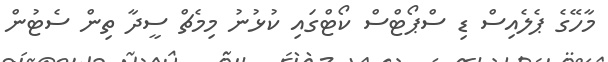
މާހޭގެ ޕެލެއިސް ޑި ސްޕޯޓްސް ކޯޓްގައި ކުޅުނު މިމެޗް ސީދާ ތިން ސެޓުން